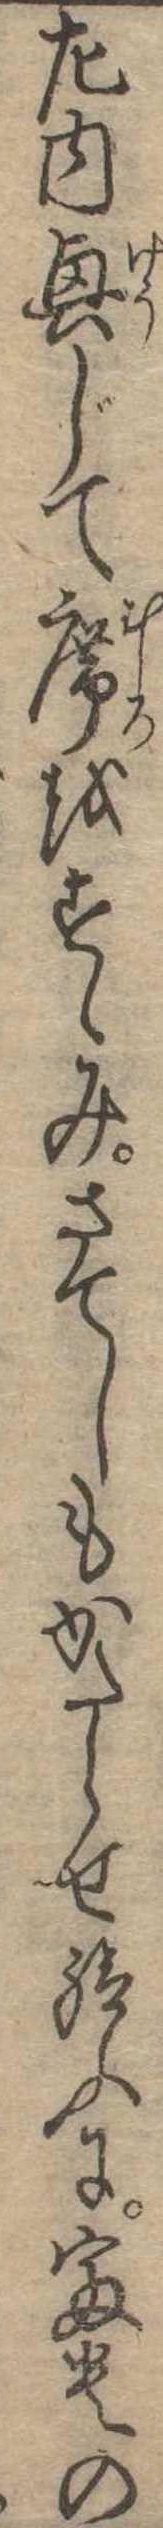
左内興じて席をすゝみさてしもかたらせ給ふに富貴の